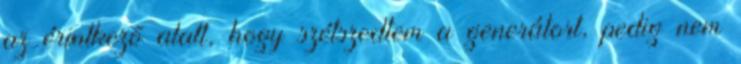
az érintkezõ alatt, hogy szétszedtem a generátort, pedig nem